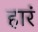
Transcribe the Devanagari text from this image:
हारं